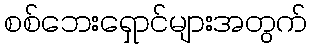
စစ်ဘေးရှောင်များအတွက်